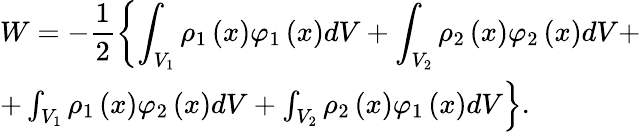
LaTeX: \begin{array}{lcl}{W=-\displaystyle\frac{1}{2}\left\lbrace\int_{V_{1}}\rho_{1}\left(x\right)\varphi_{1}\left(x\right)dV+\int_{V_{2}}\rho_{2}\left(x\right)\varphi_{2}\left(x\right)dV+\right.}\\ {\left.+\int_{V_{1}}\rho_{1}\left(x\right)\varphi_{2}\left(x\right)dV+\int_{V_{2}}\rho_{2}\left(x\right)\varphi_{1}\left(x\right)dV\right\rbrace.}\end{array}